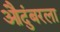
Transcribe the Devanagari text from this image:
औदुंबरला